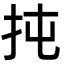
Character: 扽